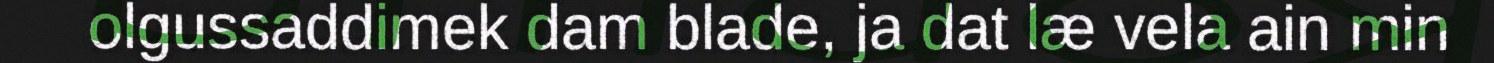
olgussaddimek dam blade, ja dat læ vela ain min